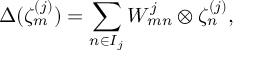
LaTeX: \Delta ( \zeta _ { m } ^ { ( j ) } ) = \sum _ { n \in I _ { j } } W _ { m n } ^ { j } \otimes \zeta _ { n } ^ { ( j ) } ,